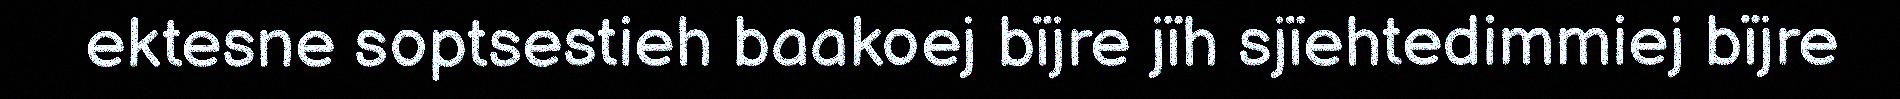
ektesne soptsestieh baakoej bïjre jïh sjïehtedimmiej bïjre